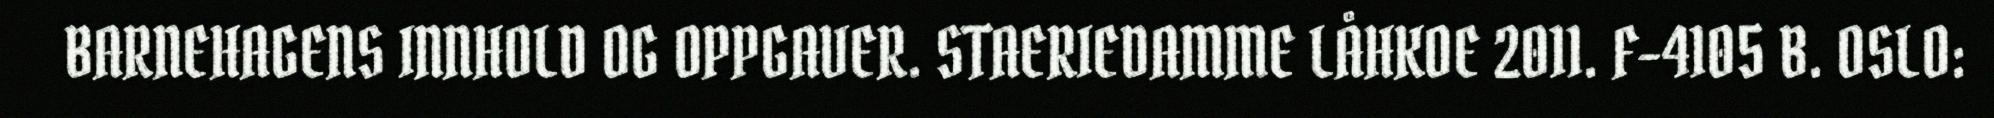
BARNEHAGENS INNHOLD OG OPPGAVER. STAERIEDAMME LÅHKOE 2011. F-4105 B. OSLO: